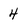
Character: 4